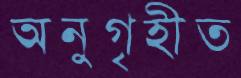
অনুগৃহীত